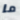
ما